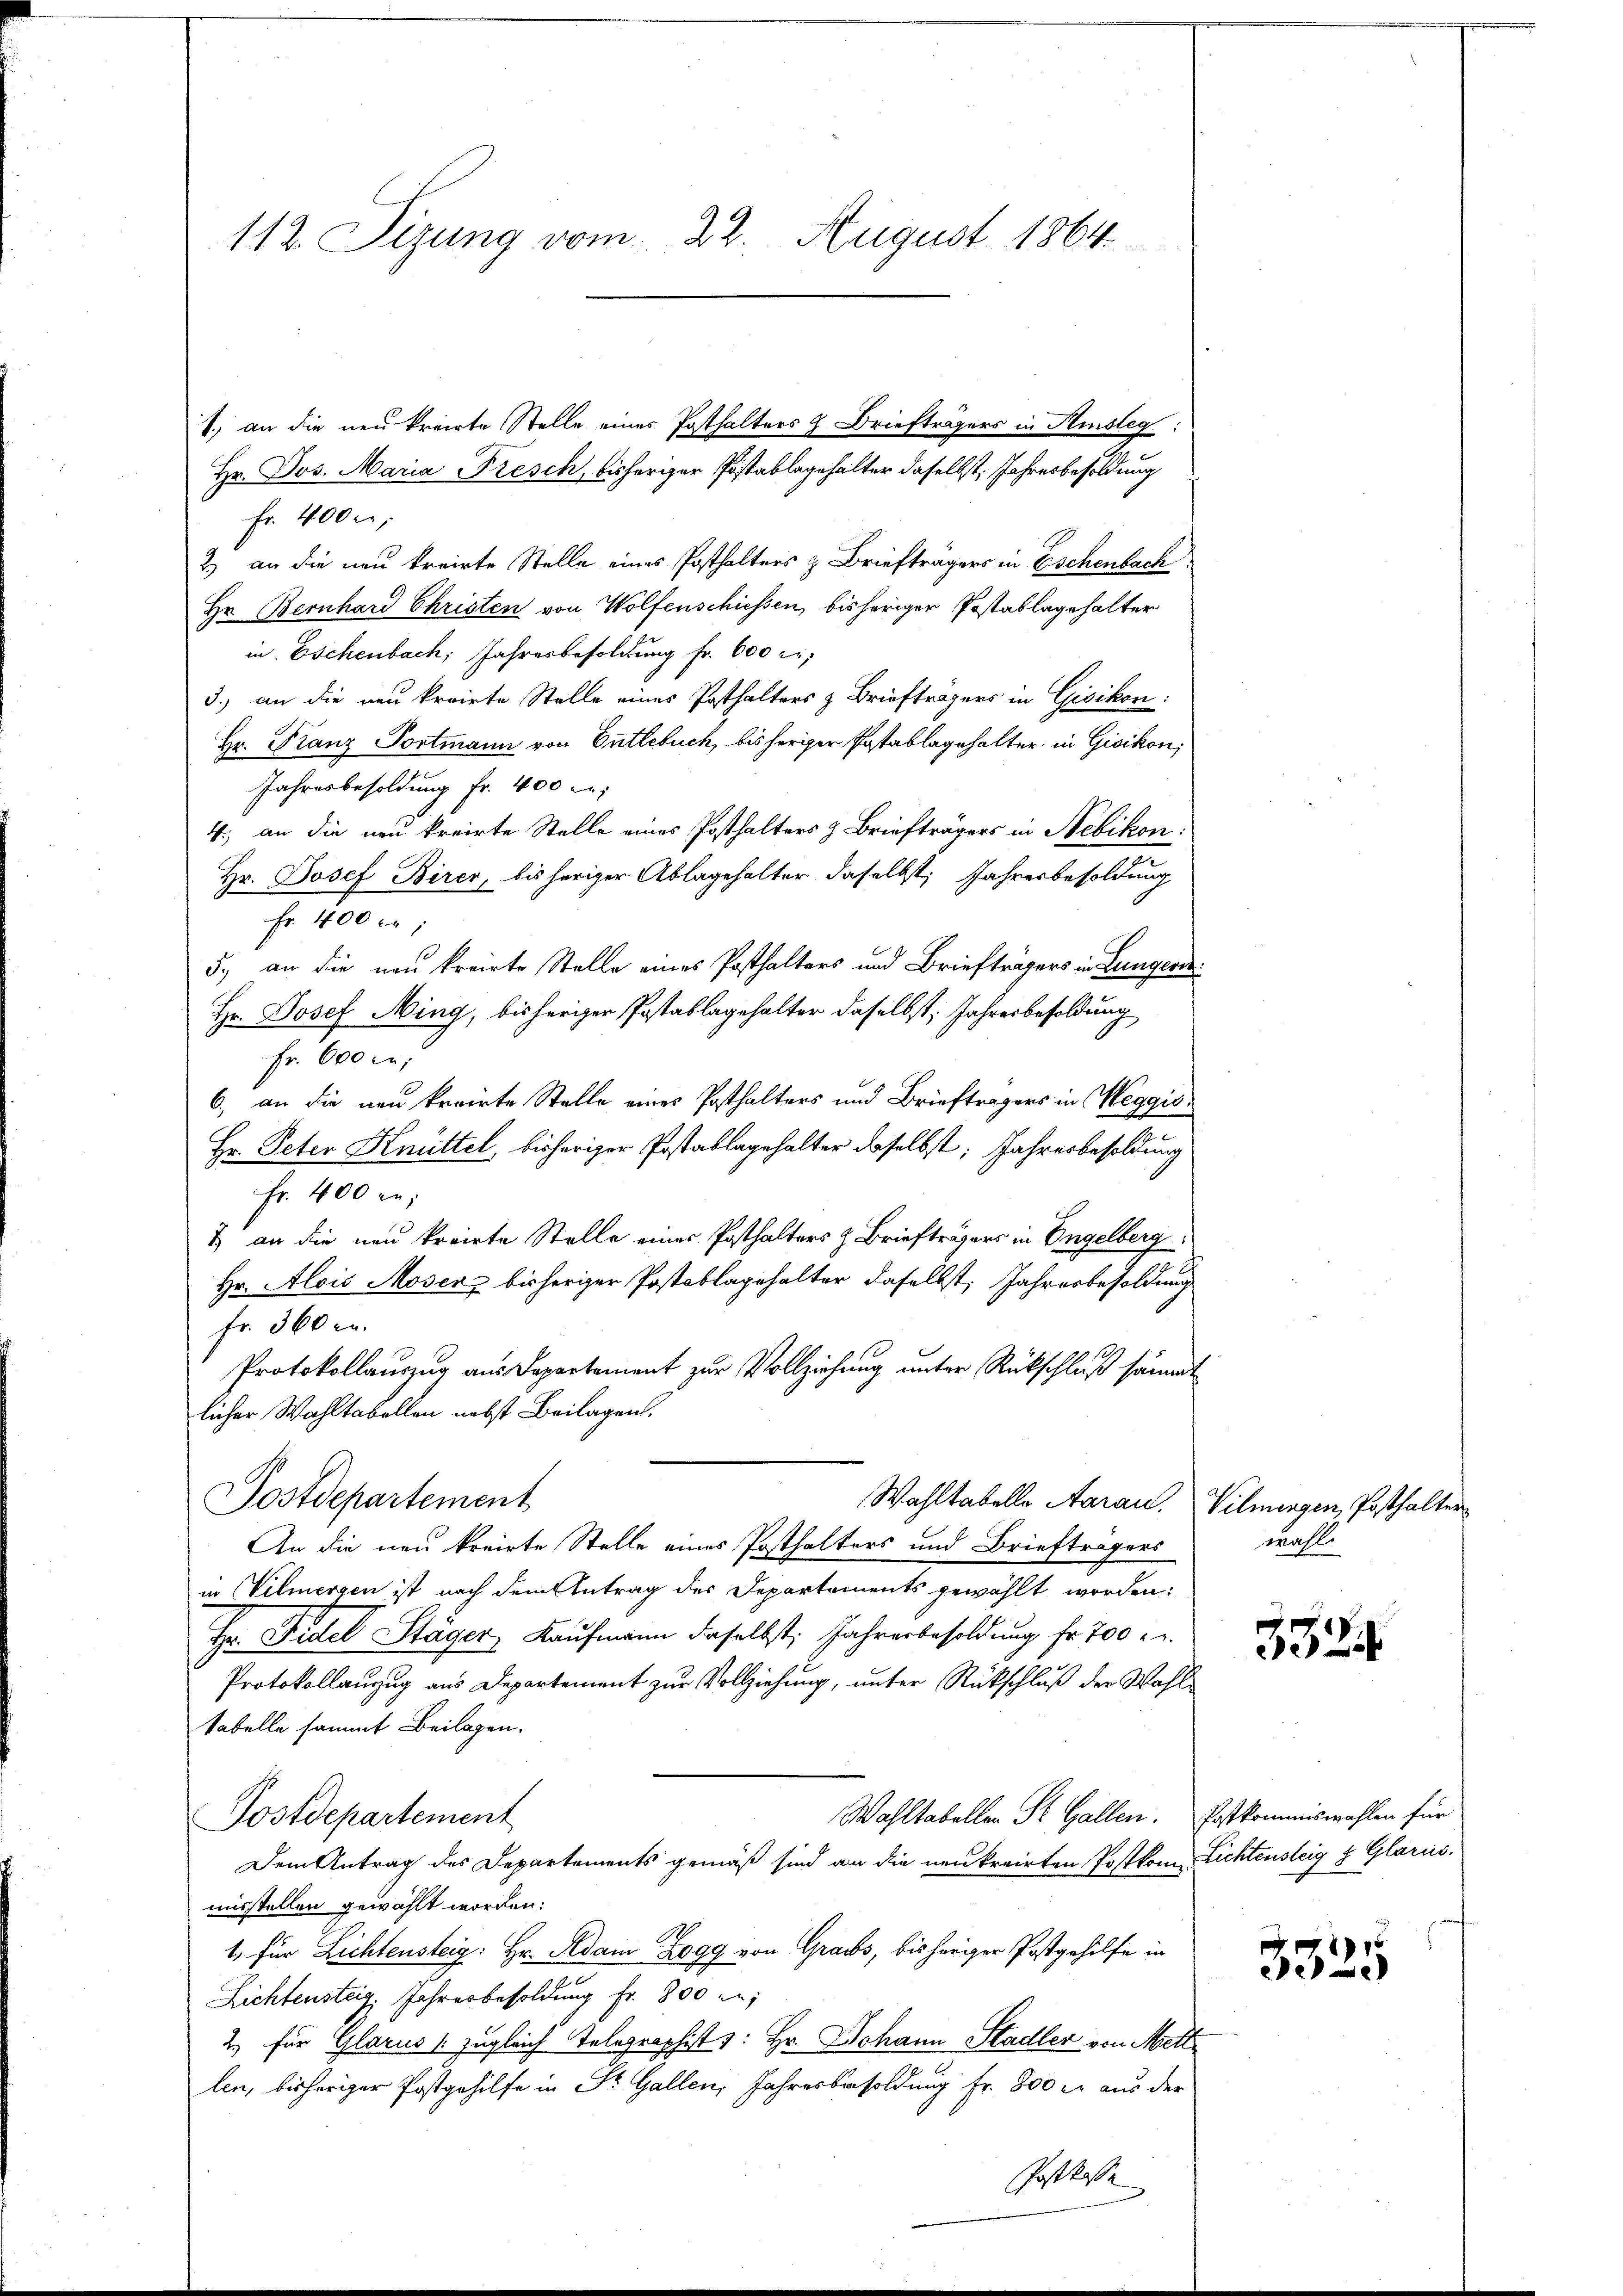
112. Sizung vom 22. August 1864.

1) an die neu kreiste Stelle eines Posthalters & Briefträgers in Hinstig
Hr. Jos. Maria Fresch, bisheriger Postablegehalter daselbst, Jahresbesoldung
Fr. 400 f:
2) an die neu kreirte Stelle eines Posthalters & Briefträgers in Eschenbach
Hr. Bernhard Christen von Wolfenschiessen, bisheriger Postablagehalter
in. Eschenbach, Jahresbesoldung Fr. 600 r
3.) an die neu krrirte Stelle eines Posthalters & Briefträgers in Gisikon:
Hr. Franz Portmann von Entlebuch, bisheriger Postablagehalter in Gisikon,
Jahresbesoldung Fr. 400 l.
4.) an die neu kreirte Stelle eines Posthalters & Briefträgers in Nebikon:
Hr. Josef Birer, bis heriger Ablagehalter daselbst, Jahresbesoldung
Fr. 400 c.
5.) an die neu kreiste Stelle eines Posthalters und Briefträgers in Lungern
Hr. Josef Ming, bisheriger Postablagehalter daselbst: Jahresbesoldung
Fr. 600 c;
6., an die neu krairte Stelle eines Posthalters und Briefträgers in Weggis¬
Hr. Peter Knüttel, bisheriger Postablagehalter daselbst, Jahresbesoldung
Fr. 400 l.
& an die neu kreirte Stelle eines Posthalters & Briefträgers in Engelberg
Hr. Alois Moser bisheriger Postablagehalter daselbst, Jahresbesoldung
fr. 360 r.
Protokollauszug aus Departement zur Vollziehung unter Rückschluß sämmt
licher Wahltabellen nebst Beilagen.
Postdepartement
Wahltabelle Aarau. Vilmengen, Posthalter
An die neu kreirte Stelle eines Posthalters und Briefträgers
in Vilmergen ist nach dem Antrag des Departements gewählt worden:
Hr. Fidel Stäger, Kaŭfmann daselbst, Jahresbesoldung fr. 700 r.
Protokollanzug aus Departement zŭr Vollziehung, unter Rückschlŭβ der Wahltabelle sammt Beilagen.
Wahltabellen St. Gallen. Erstkommiswahlen für
Postdepartement
Dem Antrag des Departements gemäß sind an die neukreirten Postkom Lichtensteig & Glarus.
misstellen gewählt worden:
1, für Lichtensteig: Hr. Adam Rogg von Graus, bisheriger Postgehilfe in
Lichtensteig. Jahresbesoldung fr. 800 fl;
2. für Glarus & zugleich Telegraphist : Hr. Johann Stadler von Mettlen, bisheriger Postgehilfe in Dr. Gallen, Jahresbesoldung Fr. 800 c. aus der
Postkasse

wahl.

3324

3325